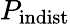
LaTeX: P_{\mathrm{indist}}